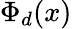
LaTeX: \Phi_{d}(x)